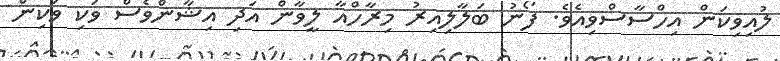
ލުއިވިކަން އިހްސާސްވިއެވެ. ފޯނު ބަލާލިއިރު މިރާހްއާ ލީވާން އަދި އިޝާންވެސް ވަކި ވަކިން